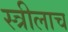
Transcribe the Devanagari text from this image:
स्त्रीलाच